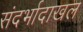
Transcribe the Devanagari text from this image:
संदर्भादाखल